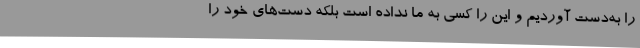
را به‌دست آوردیم و این را کسی به ما نداده است بلکه دست‌های خود را